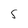
Character: 5